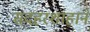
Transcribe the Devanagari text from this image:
सदहरशाहाने